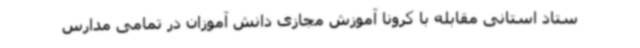
ستاد استانی مقابله با کرونا آموزش مجازی دانش آموزان در تمامی مدارس